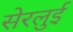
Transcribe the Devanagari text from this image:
सेरलुई